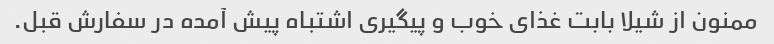
ممنون از شیلا بابت غذای خوب و پیگیری اشتباه پیش آمده در سفارش قبل.